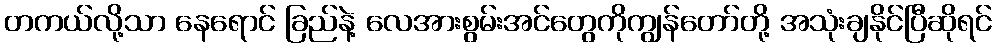
တကယ်လို့သာ နေရောင် ခြည်နဲ့ လေအားစွမ်းအင်တွေကိုကျွန်တော်တို့ အသုံးချနိုင်ပြီဆိုရင်